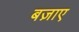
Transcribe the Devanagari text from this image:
बज़ाए